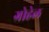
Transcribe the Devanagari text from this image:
ग्रोहेल